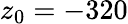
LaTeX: z_{0}=-320